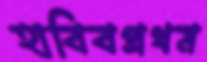
হাবিবপ্রথম